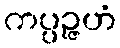
ကပ္ပဉ္ဇဟံ